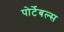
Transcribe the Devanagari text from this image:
पोर्टेबल्स